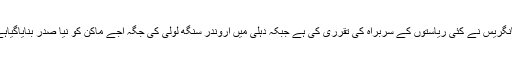
کانگریس نے کئی ریاستوں کے سربراہ کی تقرری کی ہے جبکہ دہلی میں اروندر سنگھ لولی کی جگہ اجے ماکن کو نیا صدر بنایاگیاہے۔